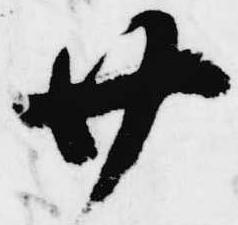
廿